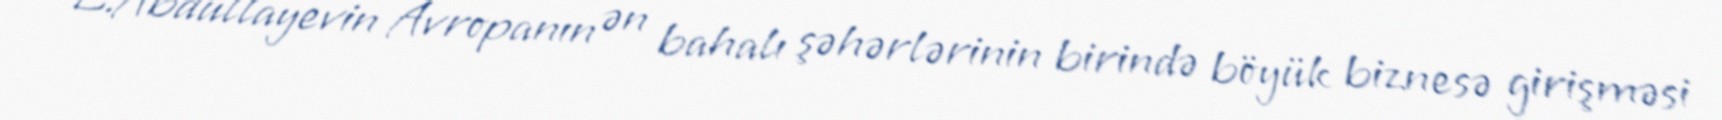
E.Abdullayevin Avropanın ən bahalı şəhərlərinin birində böyük biznesə girişməsi